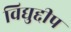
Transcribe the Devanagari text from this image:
विद्युद्दीप